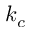
k _ { c }